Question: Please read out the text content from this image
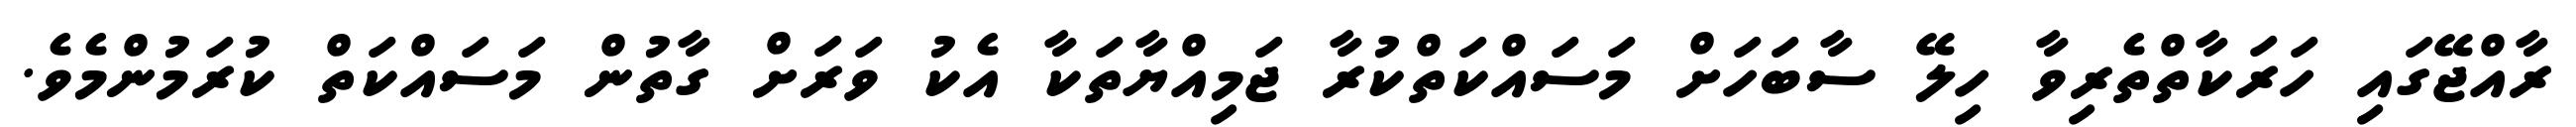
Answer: ރާއްޖޭގައި ހަރަކާތްތެރިވާ ހިލޭ ސާބަހަށް މަސައްކަތްކުރާ ޖަމިއްޔާތަކާ އެކު ވަރަށް ގާތުން މަސައްކަތް ކުރަމުންމެވެ.